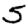
Digit: 5